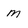
Character: M